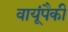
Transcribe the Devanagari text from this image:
वायूंपैकी